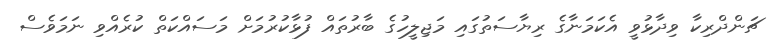
ޗަންދްރިކާ ވިދާޅުވީ އެކަމަނާގެ ރިޔާސަތުގައި މަޖިލީހުގެ ބާރުތައް ފުޅާކުރުމަށް މަސައްކަތް ކުރެއްވި ނަމަވެސް